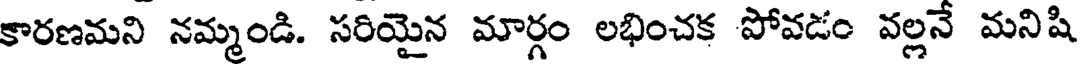
కారణమని నమ్మండి. సరియైన మార్గం లభించక పోవడం వల్లనే మనిషి